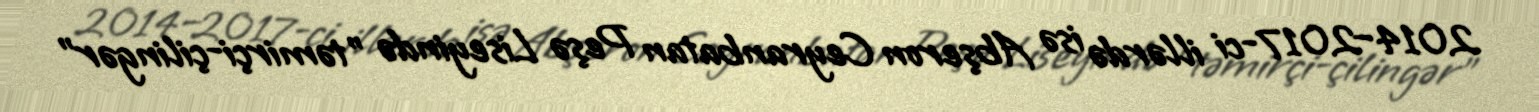
2014–2017-ci illərdə isə Abşeron Ceyranbatan Peşə Liseyində "təmirçi-çilingər"